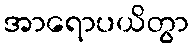
အာရောပယိတွာ